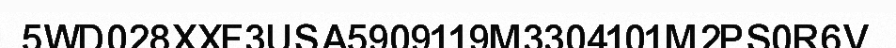
5WD028XXF3USA5909119M3304101M2PS0R6V